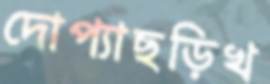
দোপ্যাছড়িখ